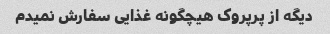
دیگه از پرپروک هیچگونه غذایی سفارش نمیدم